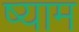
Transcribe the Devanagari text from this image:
ष्याम